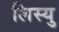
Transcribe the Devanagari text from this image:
लिस्यु